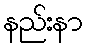
နည်းနာ